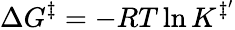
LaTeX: \Delta G^{\ddagger}=-RT\ln K^{\ddagger^{\prime}}